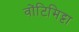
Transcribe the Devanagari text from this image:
वोंटिमिट्टा